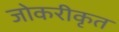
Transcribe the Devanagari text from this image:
जोकरीकृत